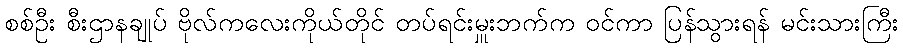
စစ်ဦး စီးဌာနချုပ် ဗိုလ်ကလေးကိုယ်တိုင် တပ်ရင်းမှူးဘက်က ဝင်ကာ ပြန်သွားရန် မင်းသားကြီး